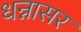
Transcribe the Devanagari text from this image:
धन्नासर